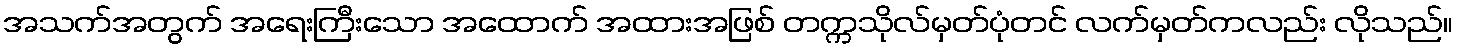
အသက်အတွက် အရေးကြီးသော အထောက် အထားအဖြစ် တက္ကသိုလ်မှတ်ပုံတင် လက်မှတ်ကလည်း လိုသည်။